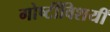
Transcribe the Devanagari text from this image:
गोष्टींविशयीं